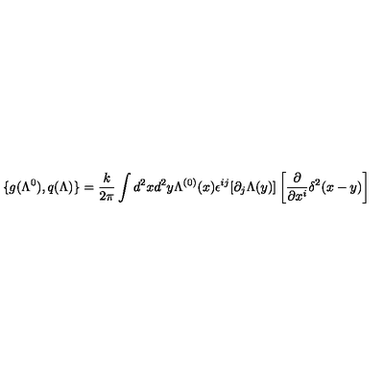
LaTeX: \{ g ( \Lambda ^ { 0 } ) , q ( \Lambda ) \} = \frac k { 2 \pi } \int d ^ { 2 } x d ^ { 2 } y \Lambda ^ { ( 0 ) } ( x ) \epsilon ^ { i j } [ \partial _ { j } \Lambda ( y ) ] \left[ \frac \partial { \partial x ^ { i } } \delta ^ { 2 } ( x - y ) \right]